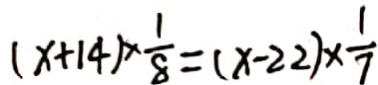
( x + 1 4 ) \times \frac { 1 } { 8 } = ( x - 2 2 ) \times \frac { 1 } { 7 }